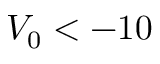
V _ { 0 } < - 1 0